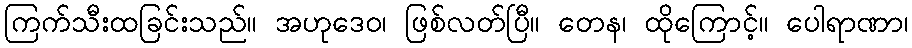
ကြက်သီးထခြင်းသည်။ အဟုဒေဝ၊ ဖြစ်လတ်ပြီ။ တေန၊ ထိုကြောင့်။ ပေါရာဏာ၊